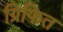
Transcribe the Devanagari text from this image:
ग्रिफित